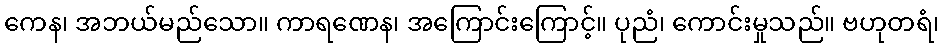
ကေန၊ အဘယ်မည်သော။ ကာရဏေန၊ အကြောင်းကြောင့်။ ပုညံ၊ ကောင်းမှုသည်။ ဗဟုတရံ၊